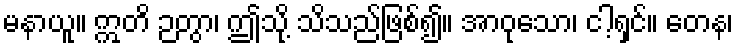
မနာယူ။ ဣတိ ဉတွာ၊ ဤသို့ သိသည်ဖြစ်၍။ အာဝုသော၊ ငါ့ရှင်။ တေန၊